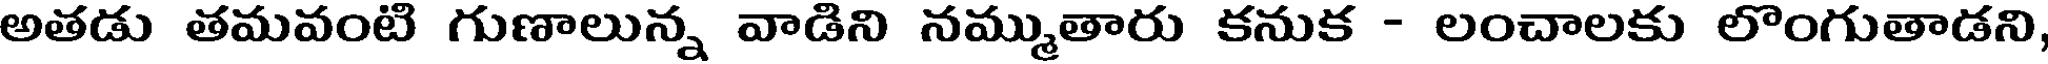
అతడు తమవంటి గుణాలున్న వాడిని నమ్ముతారు కనుక - లంచాలకు లొంగుతాడని